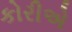
કોરીએ